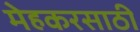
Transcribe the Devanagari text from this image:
मेहकरसाठी